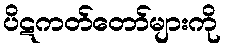
ပိဋကတ်တော်များကို